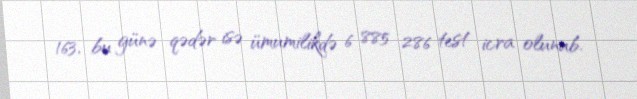
163, bu günə qədər isə ümumilikdə 6 885 286 test icra olunub.